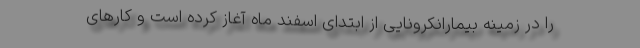
را در زمینه بیمارانکرونایی از ابتدای اسفند ماه آغاز کرده است و کارهای